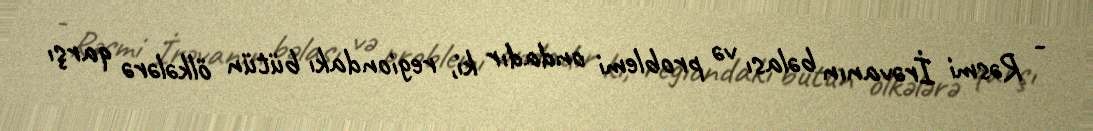
- Rəsmi İrəvanın bəlası və problemi ondadır ki, regiondakı bütün ölkələrə qarşı